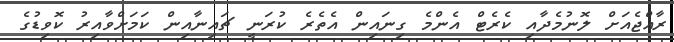
ރާއްޖެއަށް ލޮނުމެދާއި ކެރެޓް އެންމެ ގިނައިން އެތެރެ ކުރަނީ ޗައިނާއިން ކަމަށްވާއިރު ކޮވިޑުގެ